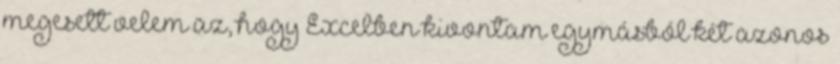
megesett velem az, hogy Excelben kivontam egymásból két azonos